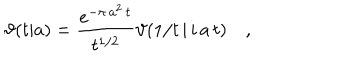
LaTeX: \vartheta ( t | a ) = \frac { e ^ { - \pi \, a ^ { 2 } \, t } } { t ^ { 1 / 2 } } \vartheta ( 1 / t \, | \, i \, a \, t ) \quad ,